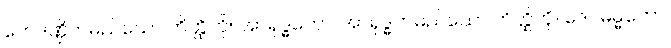
တေဒဏ္ဍိကမည်သော တိတ္ထိကို။ အာရုဒ္ဓကော၊ အာရုဒ္ဓကမည်သော တိတ္ထိကို။ ဒေဝဓမ္မိကော၊